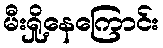
မီးရှို့နေကြောင်း